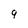
Character: 9